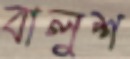
বালুশ